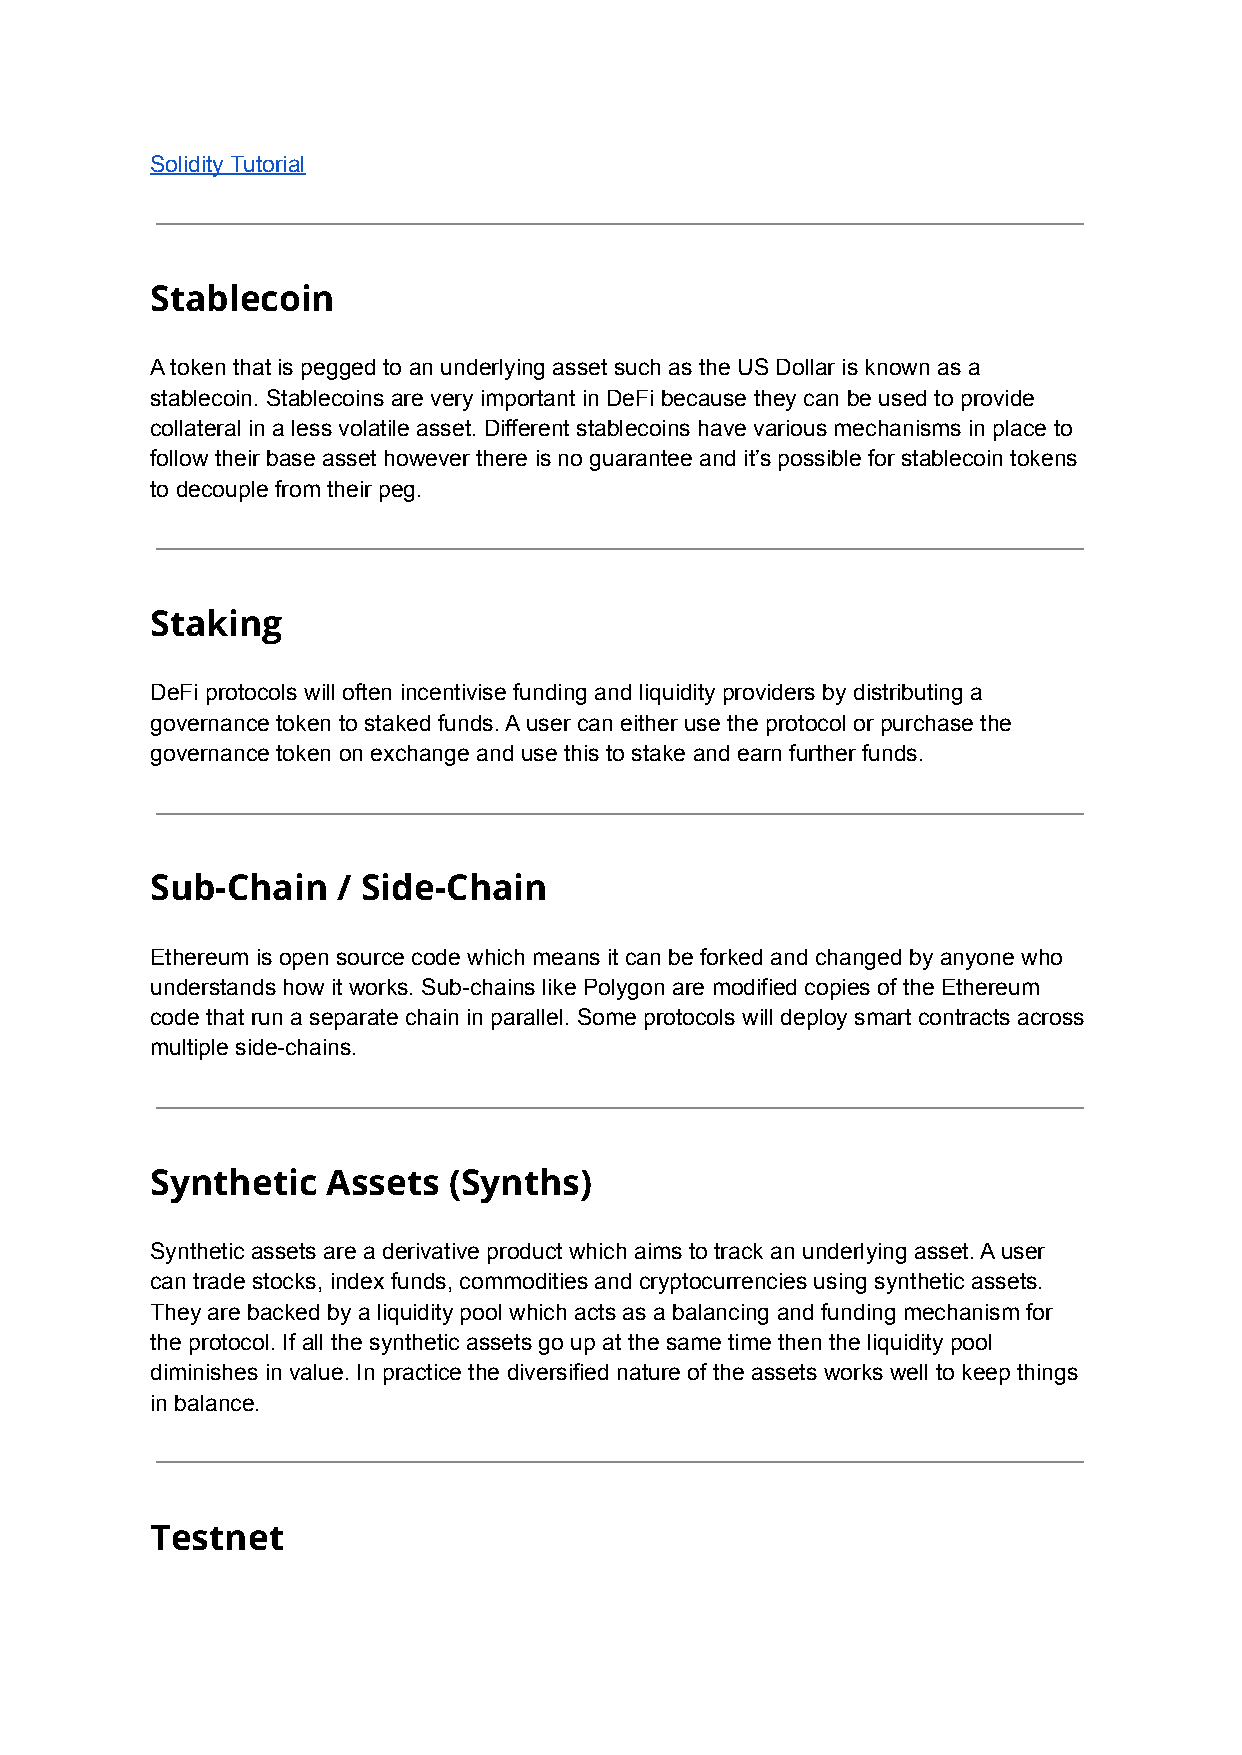
Solidity Tutorial
 Stablecoin
 A token that is pegged to an underlying asset such as the US Dollar is known as a
 stablecoin. Stablecoins are very important in DeFi because they can be used to provide
 collateral in a less volatile asset. Different stablecoins have various mechanisms in place to
 follow their base asset however there is no guarantee and it’s possible for stablecoin tokens
 to decouple from their peg.
 Staking
 DeFi protocols will often incentivise funding and liquidity providers by distributing a
 governance token to staked funds. A user can either use the protocol or purchase the
 governance token on exchange and use this to stake and earn further funds.
 Sub-Chain   / Side-Chain
 Ethereum is open source code which means it can be forked and changed by anyone who
 understands how it works. Sub-chains like Polygon are modified copies of the Ethereum
 code that run a separate chain in parallel. Some protocols will deploy smart contracts across
 multiple side-chains.
 Synthetic   Assets  (Synths)
 Synthetic assets are a derivative product which aims to track an underlying asset. A user
 can trade stocks, index funds, commodities and cryptocurrencies using synthetic assets.
 They are backed by a liquidity pool which acts as a balancing and funding mechanism for
 the protocol. If all the synthetic assets go up at the same time then the liquidity pool
 diminishes in value. In practice the diversified nature of the assets works well to keep things
 in balance.
 Testnet